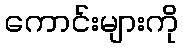
ကောင်းများကို